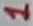
Text: 1